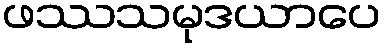
ဖဿသမုဒယာပေ